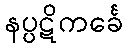
နပ္ပဋိကင်္ခေ